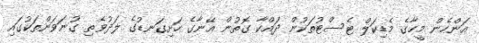
އަންހެން މީހާގެ މެޑިކަލް ޓެސްޓުތަކުން ދައްކާ ގޮތުން އޭނާގެ ހަށިގަނޑުގެ ލަދުވެތި ގުނަވަންތަކުގައި